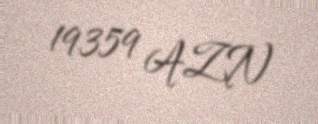
19359 AZN